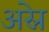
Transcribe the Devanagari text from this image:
अस्रे